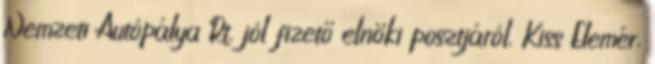
Nemzeti Autópálya Rt. jól fizető elnöki posztjáról. Kiss Elemér,